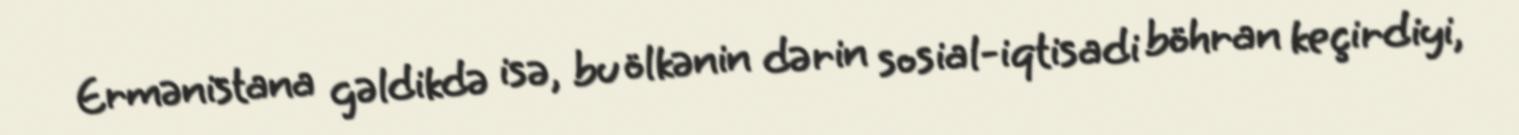
Ermənistana gəldikdə isə, bu ölkənin dərin sosial-iqtisadi böhran keçirdiyi,